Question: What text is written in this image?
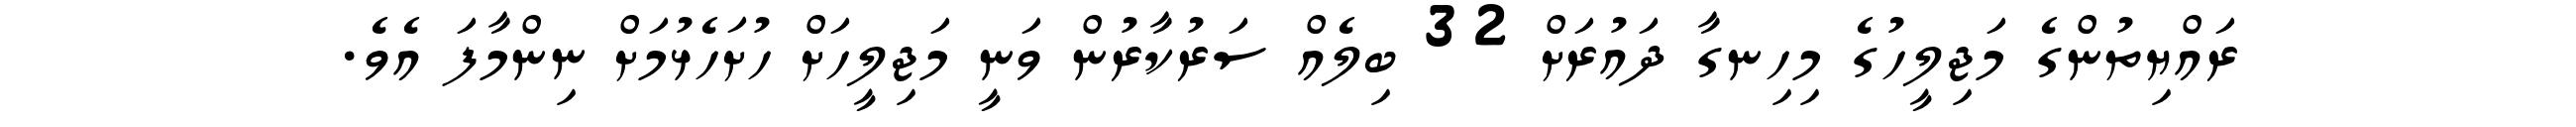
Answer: ރައްޔިތުންގެ މަޖިލީހުގެ މިހިނގާ ދައުރަށް 32 ބިލެއް ސަރުކާރުން ވަނީ މަޖިލީހަށް ހުށަހެޅުމަށް ނިންމާފަ އެވެ.